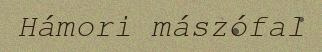
Hámori mászófal